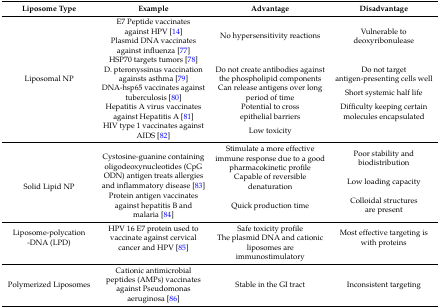
<table><thead><tr><td><b>Liposome Type</b></td><td><b>Example</b></td><td><b>Advantage</b></td><td><b>Disadvantage</b></td></tr></thead><tbody><tr><td rowspan="7">Liposomal NP</td><td>E7 Peptide vaccinates against HPV [14]</td><td rowspan="3">No hypersensitivity reactions</td><td rowspan="3">Vulnerable to deoxyribonulease</td></tr><tr><td>Plasmid DNA vaccinates against influenza [77]</td></tr><tr><td>HSP70 targets tumors [78]</td></tr><tr><td>D. pteronyssinus vaccination againsts asthma [79]</td><td>Do not create antibodies against the phospholipid components</td><td>Do not target antigen-presenting cells well</td></tr><tr><td>DNA-hsp65 vaccinates against tuberculosis [80]</td><td>Can release antigens over long period of time</td><td>Short systemic half life</td></tr><tr><td>Hepatitis A virus vaccinates against Hepatitis A [81]</td><td>Potential to cross epithelial barriers</td><td>Difficulty keeping certain molecules encapsulated</td></tr><tr><td>HIV type 1 vaccinates against AIDS [82]</td><td>Low toxicity</td><td>[EMPTY_CELL]</td></tr><tr><td rowspan="3">Solid Lipid NP</td><td rowspan="2">Cystosine-guanine containing oligodeoxynucleotides (CpG ODN) antigen treats allergies and inflammatory disease [83]</td><td>Stimulate a more effective immune response due to a good pharmacokinetic profile</td><td>Poor stability and biodistribution</td></tr><tr><td>Capable of reversible denaturation</td><td>Low loading capacity</td></tr><tr><td>Protein antigen vaccinates against hepatitis B and malaria [84]</td><td>Quick production time</td><td>Colloidal structures are present</td></tr><tr><td rowspan="2">Liposome-polycation-DNA (LPD)</td><td rowspan="2">HPV 16 E7 protein used to vaccinate against cervical cancer and HPV [85]</td><td>Safe toxicity profile</td><td rowspan="2">Most effective targeting is with proteins</td></tr><tr><td>The plasmid DNA and cationic liposomes are immunostimulatory</td></tr><tr><td>Polymerized Liposomes</td><td>Cationic antimicrobial peptides (AMPs) vaccinates against Pseudomonas aeruginosa [86]</td><td>Stable in the GI tract</td><td>Inconsistent targeting</td></tr></tbody></table>